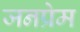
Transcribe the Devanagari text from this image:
जनप्रेम